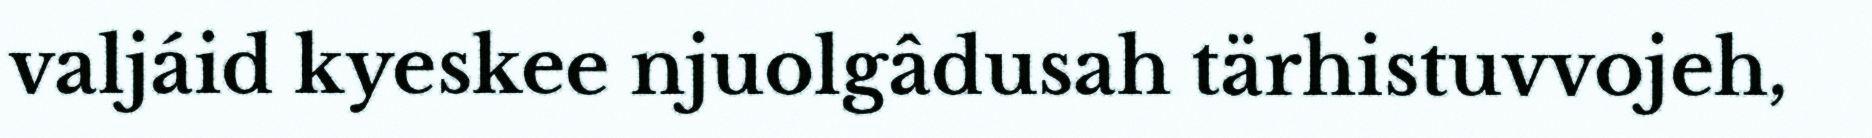
valjáid kyeskee njuolgâdusah tärhistuvvojeh,